Vaccination United Provinces of Agra and Oudh 1914-1922 - 1914-1922
Year: 1914
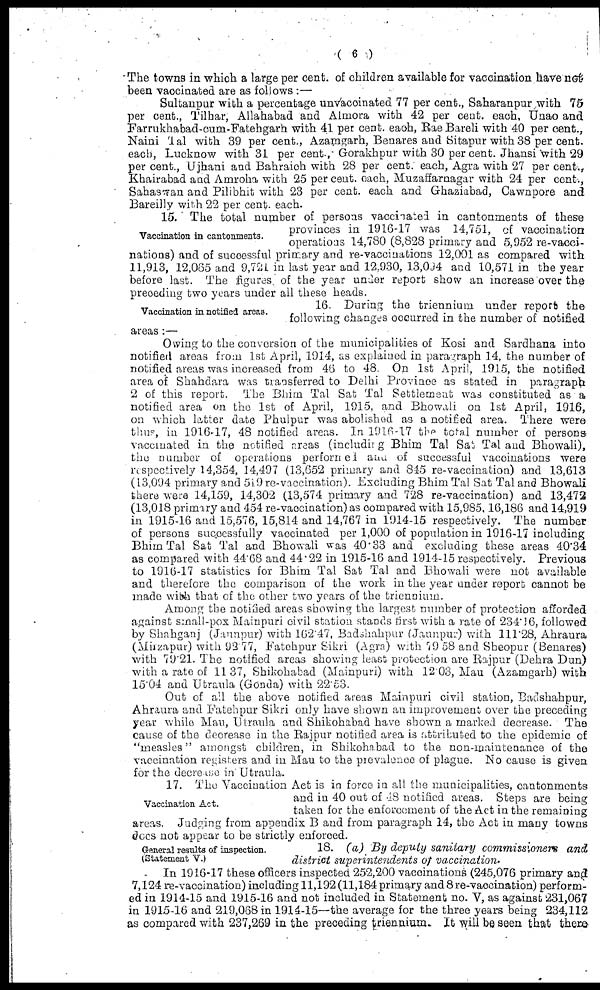
( 6 )
The towns in which a large per cent. of children available for vaccination have not
been vaccinated are as follows :—
Sultanpur with a percentage unvaccinated 77 per cent., Saharanpur with 75
per cent., Tilhar, Allahabad and Almora with 42 per cent. each, Unao and
Farrukhabad-cum-Fatehgarh with 41 per cent. each, Rae Bareli with 40 per cent.,
Naini Tal with 39 per cent., Azamgarh, Benares and Sitapur with 38 per cent.
each, Lucknow with 31 per cent., Gorakhpur with 30 per cent. Jhansi with 29
per cent., Ujhani and Bahraich with 28 per cent. each, Agra with 27 per cent.,
Khairabad and Amroha with 25 per cent. each, Muzaffarnagar with 24 per cent.,
Sahaswan and Pilibhit with 23 per cent. each and Ghaziabad, Cawnpore and
Bareilly with 22 per cent. each.
Vaccination in cantonments.
15. The total number of persons vaccinated in cantonments of these
provinces in 1916-17 was 14,751, of vaccination
operations 14,780 (8,828 primary and 5,952 re-vacci-
nations) and of successful primary and re-vaccinations 12,001 as compared with
11,913, 12,065 and 9,721 in last year and 12,930, 13,094 and 10,571 in the year
before last. The figures of the year under report show an increase over the
preceding two years under all these heads.
Vaccination in notified areas.
16. During the triennium under report the
following changes occurred in the number of notified
areas :—
Owing to the conversion of the municipalities of Kosi and Sardhana into
notified areas from 1st April, 1914, as explained in paragraph 14, the number of
notified areas was increased from 46 to 48. On 1st April, 1915, the notified
area of Shahdara was transferred to Delhi Province as stated in paragraph
2 of this report. The Bhim Tal Sat Tal Settlement was constituted as a
notified area on the 1st of April, 1915, and Bhowali on 1st April, 1916,
on which latter date Phulpur was abolished as a notified area. There were
thus, in 1916-17, 48 notified areas. In 1916-17 the total number of persons
vaccinated in the notified areas (including Bhim Tal Sat Tal and Bhowali),
the number of operations performed and of successful vaccinations were
respectively 14,354, 14,497 (13,652 primary and 845 re-vaccination) and 13,613
(13,094 primary and 519 re-vaccination). Excluding Bhim Tal Sat Tal and Bhowali
there were 14,159, 14,302 (13,574 primary and 728 re-vaccination) and 13,472
(13,018 primary and 454 re-vaccination) as compared with 15,985, 16,186 and 14,919
in 1915-16 and 15,576, 15,814 and 14,767 in 1914-15 respectively. The number
of persons successfully vaccinated per 1,000 of population in 1916-17 including
Bhim Tal Sat Tal and Bhowali was 40.33 and excluding these areas 40.34
as compared with 44.68 and 44.22 in 1915-16 and 1914-15 respectively. Previous
to 1916-17 statistics for Bhim Tal Sat Tal and Bhowali were not available
and therefore the comparison of the work in the year under report cannot be
made with that of the other two years of the triennium.
Among the notified areas showing the largest number of protection afforded
against small-pox Mainpuri civil station stands first with a rate of 234.16, followed
by Shahganj (Jaunpur) with 162.47, Badshahpur (Jaunpur) with 111.28, Ahraura
(Mirzapur) with 92.77, Fatehpur Sikri (Agra) with 79.58 and Sheopur (Benares)
with 79.21. The notified areas showing least protection are Rajpur (Dehra Dun)
with a rate of 11 37, Shikohabad (Mainpuri) with 12.03, Mau (Azamgarh) with
15.04 and Utraula (Gonda) with 22.53.
Out of all the above notified areas Mainpuri civil station, Badshahpur,
Ahraura and Fatehpur Sikri only have shown an improvement over the preceding
year while Mau, Utraula and Shikohabad have shown a marked decrease. The
cause of the decrease in the Rajpur notified area is attributed to the epidemic of
"measles" amongst children, in Shikohabad to the non-maintenance of the
vaccination registers and in Mau to the prevalence of plague. No cause is given
for the decrease in Utraula.
Vaccination Act.
17. The Vaccination Act is in force in all the municipalities, cantonments
and in 40 out of 48 notified areas. Steps are being
taken for the enforcement of the Act in the remaining
areas. Judging from appendix B and from paragraph 14, the Act in many towns
does not appear to be strictly enforced.
General results of inspection.
(Statement V.)
18. (a) By deputy sanitary commissioners and
district superintendents of vaccination.
In 1916-17 these officers inspected 252,200 vaccinations (245,076 primary and
7,124 re-vaccination) including 11,192 (11,184 primary and 8 re-vaccination) perform-
ed in 1914-15 and 1915-16 and not included in Statement no. V, as against 231,067
in 1915-16 and 219,068 in 1914-15—the average for the three years being 234,112
as compared with 237,269 in the preceding triennium. It will be seen that there